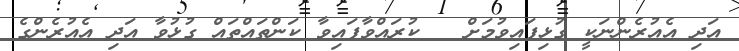
އަދި އެއުރެންނަކީ ގުޅިފައިވުމަށް   ކުރައްވާފައިވާ ކަންތައްތައް ގުޅުވާ އަދި އެއުރެންގެ